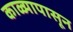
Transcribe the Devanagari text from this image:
काळ्यापासून